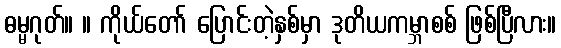
ဓမ္မဂုတ်။ ။ ကိုယ်တော် ပြောင်းတဲ့နှစ်မှာ ဒုတိယကမ္ဘာစစ် ဖြစ်ပြီလား။